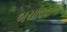
બચાવવાની